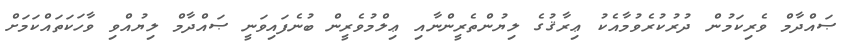
ޞައްދާމް ވެރިކަމުން ދުރުކުރެވުމާއެކު ޢިރާޤުގެ ލިޔުންތެރީންނާއި ޢިލްމުވެރީން ބުނެފައިވަނީ ޞައްދާމް ލިޔުއްވި ވާހަކަތައްކަމަށް